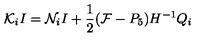
{ \cal K } _ { i } I = { \cal N } _ { i } I + \frac { 1 } { 2 } ( { \cal F } - P _ { 5 } ) H ^ { - 1 } Q _ { i }